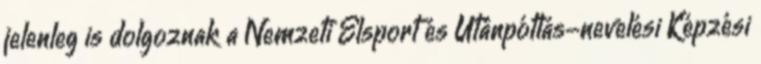
jelenleg is dolgoznak a Nemzeti Élsport és Utánpótlás-nevelési Képzési